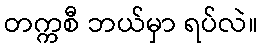
တက္ကစီ ဘယ်မှာ ရပ်လဲ။